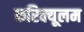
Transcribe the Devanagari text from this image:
करिक्यूलम